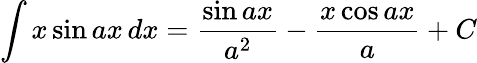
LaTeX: \int x\sin ax\, dx={\frac{\sin ax}{a^{2}}}-{\frac{x\cos ax}{a}}+C